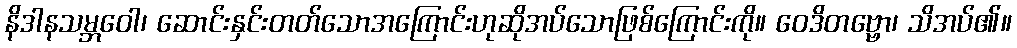
နိဒါနသမ္ဘဝေါ၊ ဆောင်းနှင်းတတ်သောအကြောင်းဟုဆိုအပ်သောဖြစ်ကြောင်းကို။ ဝေဒိတဗ္ဗော၊ သိအပ်၏။